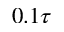
0 . 1 \tau